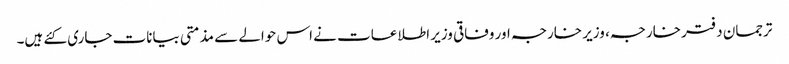
ترجمان دفتر خارجہ، وزیر خارجہ اور وفاقی وزیر اطلاعات نے اس حوالے سے مذمتی بیانات جاری کئے ہیں۔